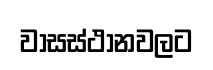
වාසස්ථානවලට